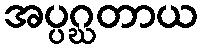
အပ္ပဂ္ဃတာယ